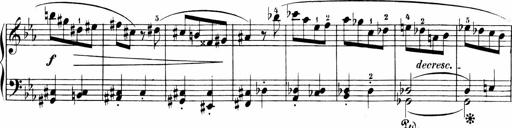
Title: 6 Sonatinas
Composer: Carl Reinecke